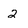
Character: 2